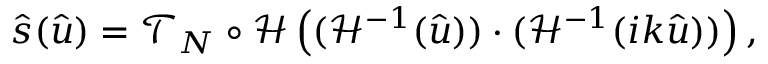
\hat { \boldsymbol s } ( \hat { \boldsymbol u } ) = \mathcal { T } _ { N } \circ \mathcal { H } \left( ( \mathcal { H } ^ { - 1 } ( \hat { \boldsymbol u } ) ) \cdot ( \mathcal { H } ^ { - 1 } ( i \boldsymbol k \hat { \boldsymbol u } ) ) \right) ,